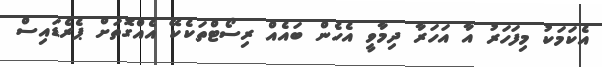
އެކަމަކު މިފަހަރު އާ އަހަރާ ދިމާވީ އެހެން ބައެއް ރިސޯޓްތަކެކޭ އެއްގޮތަށް ޕެރެޑައިސް